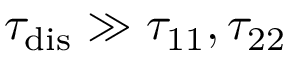
\tau _ { \mathrm { { d i s } } } \gg \tau _ { 1 1 } , \tau _ { 2 2 }